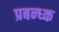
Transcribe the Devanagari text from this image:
प्रबन्ध्क